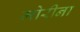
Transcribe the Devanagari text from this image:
मोरीना